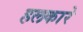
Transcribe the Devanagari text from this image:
हलकारे